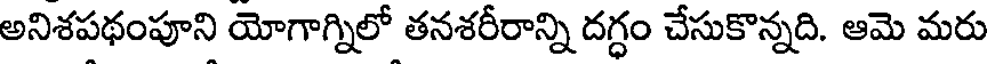
అనిశపథంపూని యోగాగ్నిలో తనశరీరాన్ని దగ్ధం చేసుకొన్నది. ఆమె మరు